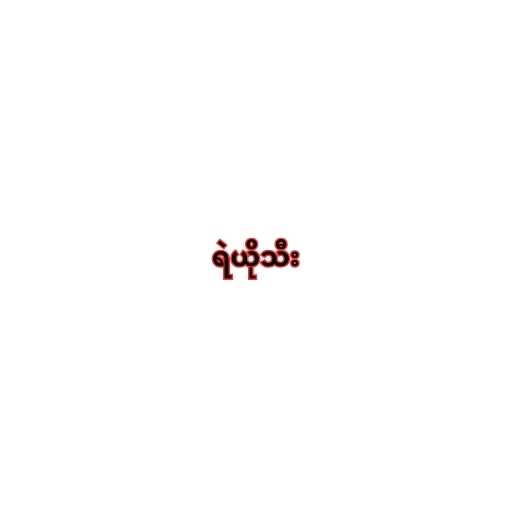
ရဲယိုသီး